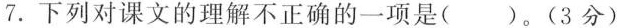
7.下列对课文的理解不正确的一项是（ ）。（3分）